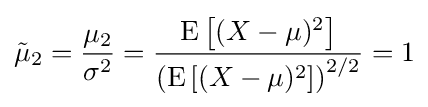
{\tilde {\mu }}_{2}={\frac {\mu _{2}}{\sigma ^{2}}}={\frac {\operatorname {E} \left[(X-\mu )^{2}\right]}{\left(\operatorname {E} \left[(X-\mu )^{2}\right]\right)^{2/2}}}=1